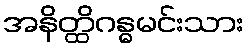
အနိတ္ထိဂန္ဓမင်းသား